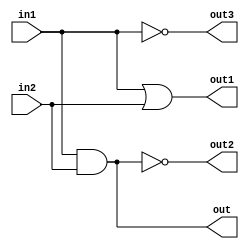
module AllFourGates(in1, in2, out, out1, out2, out3);

	input in1, in2;
	output out, out1, out2, out3;
	
	wire in1, in2, out, out1, out2, out3;
	
	and g1(out, in1, in2);
	or g2(out1, in1, in2);
	nand g3(out2,in1,in2);
	not g4(out3, in1);
	
endmodule